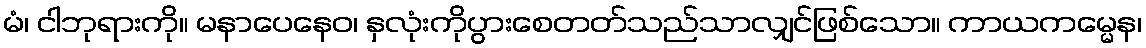
မံ၊ ငါဘုရားကို။ မနာပေနေဝ၊ နှလုံးကိုပွားစေတတ်သည်သာလျှင်ဖြစ်သော။ ကာယကမ္မေန၊